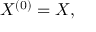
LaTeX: X ^ { ( 0 ) } = X ,